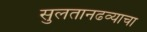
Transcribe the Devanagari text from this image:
सुलतानढव्याचा